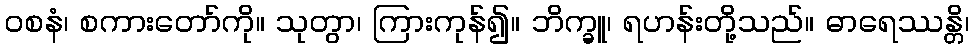
ဝစနံ၊ စကားတော်ကို။ သုတွာ၊ ကြားကုန်၍။ ဘိက္ခူ၊ ရဟန်းတို့သည်။ ဓာရေဿန္တိ၊